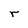
Character: r